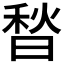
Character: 𰨮